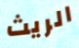
الريث